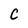
Character: C